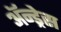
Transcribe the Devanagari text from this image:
ॲन्ड्रेस